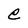
Character: e